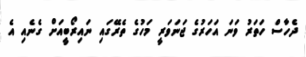
ދެހާސް ހަތަރު ވަނަ އަހަރުގެ ޖަނަވަރީ މަހުގެ ތެރޭގައި ނައިރޯބީއަށް ގެނެއި އެ